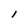
Character: l